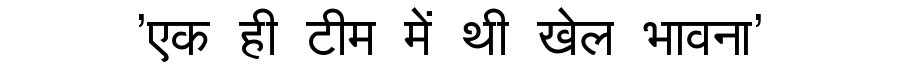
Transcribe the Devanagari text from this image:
'एक ही टीम में थी खेल भावना'